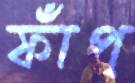
ফাঁপ্‌